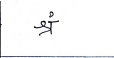
मजकूर: श्रं